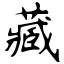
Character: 藏